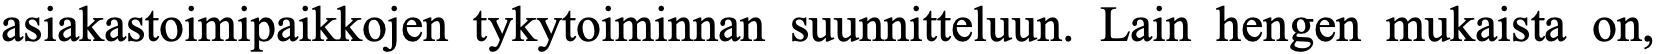
asiakastoimipaikkojen tykytoiminnan suunnitteluun. Lain hengen mukaista on,